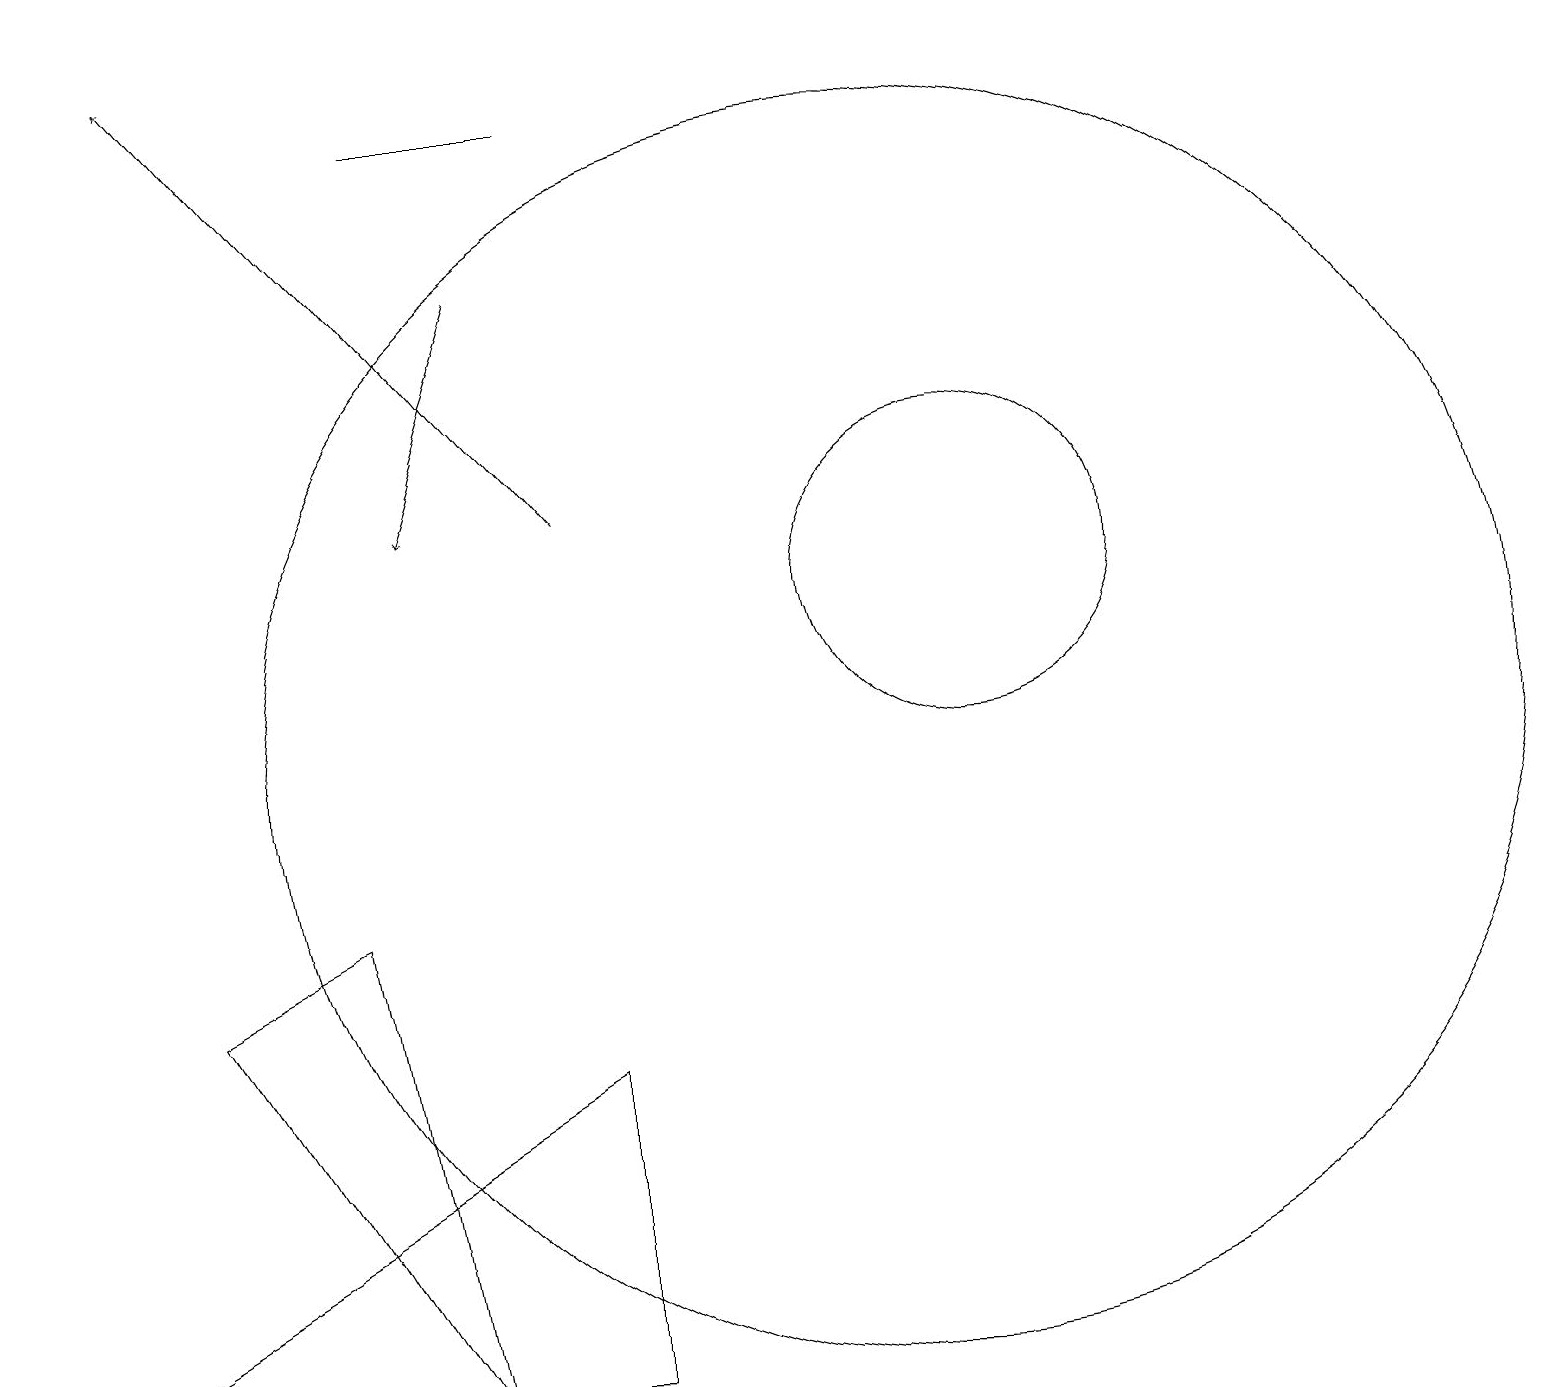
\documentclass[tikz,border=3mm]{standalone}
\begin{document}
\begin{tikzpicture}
\draw (7,2) -- (7,6) -- (0,2) -- cycle;
\draw[->] (6,16) -- (5,13);
\draw (2,7) -- (4,8) -- (5,2) -- cycle;
\draw (7,18) rectangle (5,18);
\draw (12,12) circle (2);
\draw (11,10) circle (8);
\draw[->] (7,13) -- (2,19);
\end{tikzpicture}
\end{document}